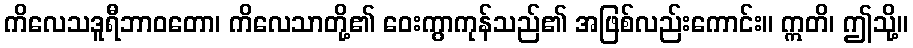
ကိလေသဒူရီဘာဝတော၊ ကိလေသာတို့၏ ဝေးကွာကုန်သည်၏ အဖြစ်လည်းကောင်း။ ဣတိ၊ ဤသို့။